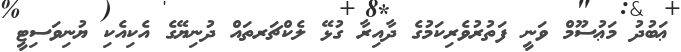
ޢަބުދު މަޢުސޫމް ވަނީ ފަތުރުވެރިކަމުގެ ދާއިރާ ގުޅޭ ލެކްޗަރތައް ދުނިޔޭގެ އެކިއެކި ޔުނިވަސިޓީ